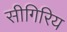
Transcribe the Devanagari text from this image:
सीगिरिय